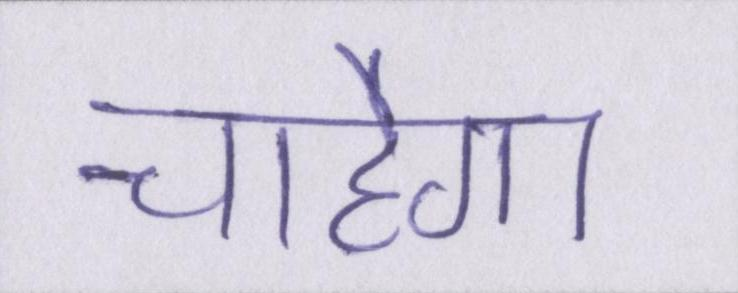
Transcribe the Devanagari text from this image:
चाहेगा